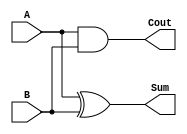
//Structural Model : Half Adder

module HA(
    input A,B,
    output Sum,Cout
    );
 xor(Sum,A,B);
 and(Cout,A,B);
 
endmodule